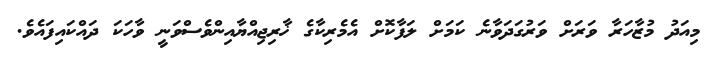
މިއަދު މުޒާހަރާ ވަރަށް ވަރުގަދަވާނެ ކަމަށް ލަފާކޮށް އެމެރިކާގެ ޚާރިޖިއްޔާއިންވެސްވަނީ ވާހަކަ ދައްކައިފައެވެ.